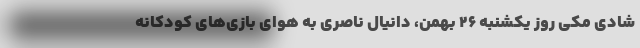
شادی مکی روز یکشنبه ۲۶ بهمن، دانیال ناصری به هوای بازی‌های کودکانه